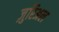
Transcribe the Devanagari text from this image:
ज़ुरिअल